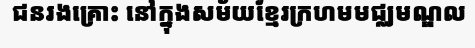
ជនរងគ្រោះ នៅក្នុងសម័យខ្មែរក្រហមមជ្ឈមណ្ឌល